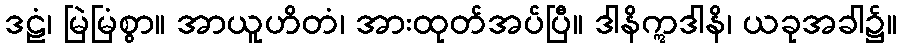
ဒဠံ၊ မြဲမြံစွာ။ အာယူဟိတံ၊ အားထုတ်အပ်ပြီ။ ဒါနိဣဒါနိ၊ ယခုအခါ၌။